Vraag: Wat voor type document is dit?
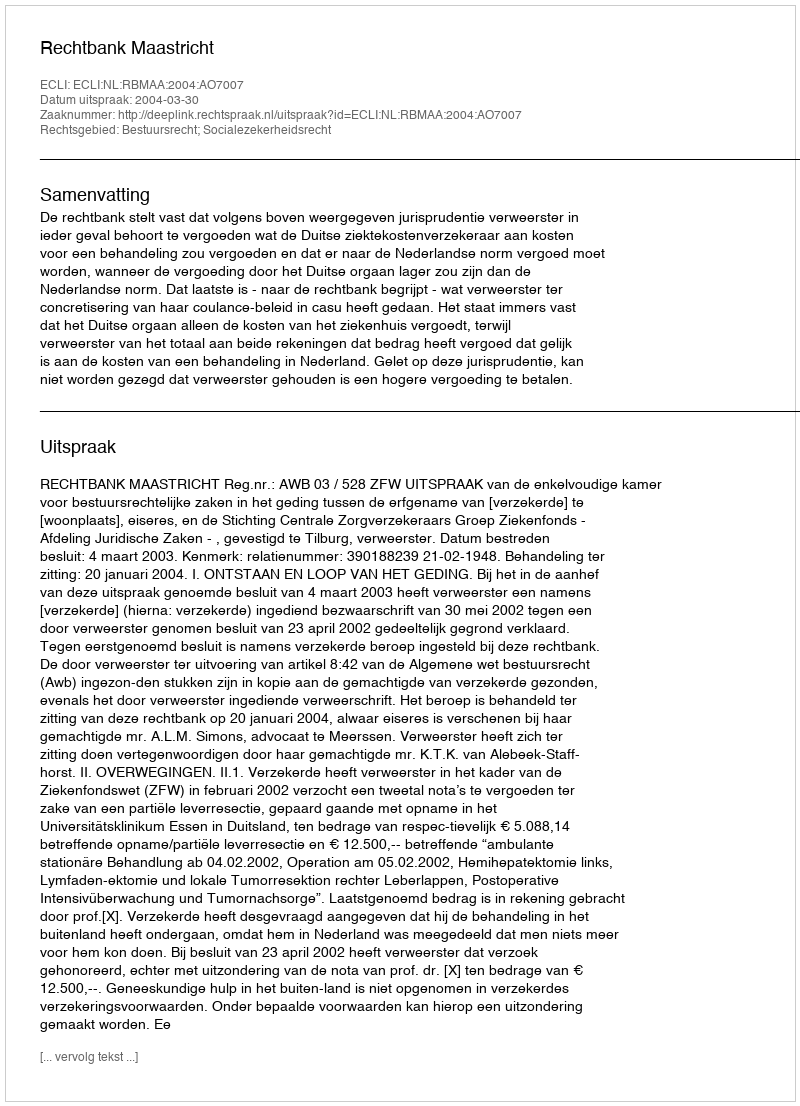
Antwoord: Uitspraak